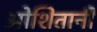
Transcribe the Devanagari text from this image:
ओशितानी